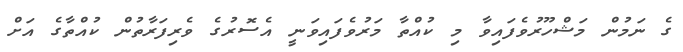
ގެ ނަމުން މަޝްހޫރުވެފައިވާ މި ކުއްތާ މަރުވެފައިވަނީ އެސޮރުގެ ވެރިފަރާތުން ކުއްތާގެ އަށް